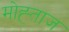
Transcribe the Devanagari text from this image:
मोह्ताज